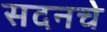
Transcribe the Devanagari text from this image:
सदनचे